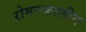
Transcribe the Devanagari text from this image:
रोमनकालीन